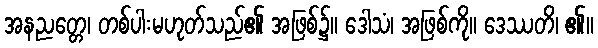
အနညတ္တေ၊ တစ်ပါးမဟုတ်သည်၏ အဖြစ်၌။ ဒေါသံ၊ အဖြစ်ကို။ ဒေဿတိ၊ ၏။